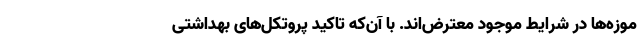
موزه‌ها در شرایط موجود معترض‌اند. با آن‌که تاکید پروتکل‌های بهداشتی